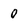
Character: 0